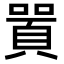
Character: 𠽸